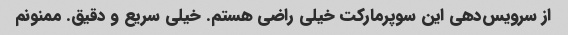
از سرویس‌دهی این سوپرمارکت خیلی راضی هستم. خیلی سریع و دقیق. ممنونم